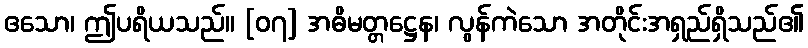
ဧသော၊ ဤပရိယသည်။ [၀၇] အဓိမတ္တဋ္ဌေန၊ လွန်ကဲသော အတိုင်းအရှည်ရှိသည်၏